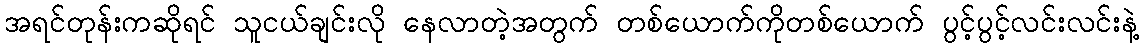
အရင်တုန်းကဆိုရင် သူငယ်ချင်းလို နေလာတဲ့အတွက် တစ်ယောက်ကိုတစ်ယောက် ပွင့်ပွင့်လင်းလင်းနဲ့